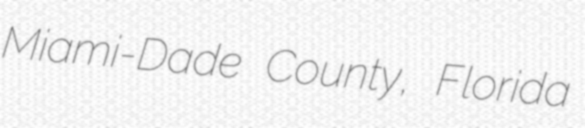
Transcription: Miami-Dade County, Florida